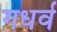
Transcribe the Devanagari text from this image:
गधर्व